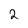
Character: 2